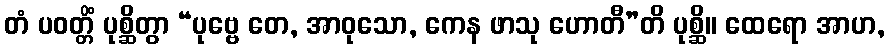
တံ ပဝတ္တိံ ပုစ္ဆိတွာ “ပုဗ္ဗေ တေ, အာဝုသော, ကေန ဖာသု ဟောတီ”တိ ပုစ္ဆိ။ ထေရော အာဟ,